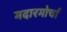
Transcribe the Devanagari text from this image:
मदारमोर्चा